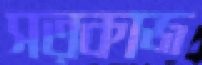
সত্কাজ